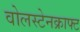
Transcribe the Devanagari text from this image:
वोलस्टेनक्राफ्ट